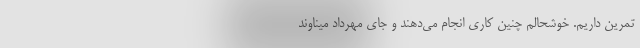
تمرین داریم. خوشحالم چنین کاری انجام می‌دهند و جای مهرداد میناوند